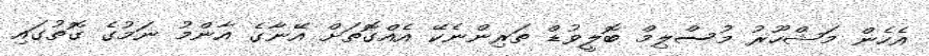
އެހެން މަޝްހޫރު މުސްލިމް ބޮލީވުޑް ތަރިންނެކޭ އެއްގޮތަށް އޭނާގެ އާންމު ނަމުގެ ގޮތުގައި